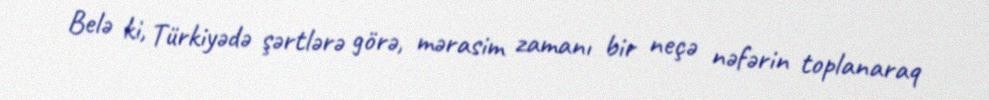
Belə ki, Türkiyədə şərtlərə görə, mərasim zamanı bir neçə nəfərin toplanaraq